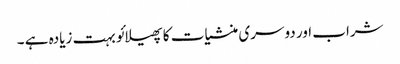
شراب اور دوسری منشیات کا پھیلائو بہت زیادہ ہے ۔